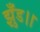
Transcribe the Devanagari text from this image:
झुँड।।